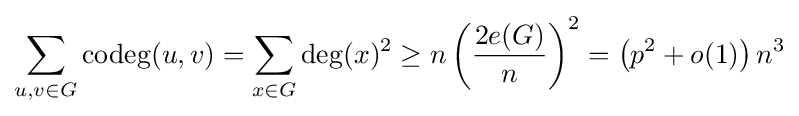
\sum _{u,v\in G}\operatorname {codeg} (u,v)=\sum _{x\in G}\deg(x)^{2}\geq n\left({\frac {2e(G)}{n}}\right)^{2}=\left(p^{2}+o(1)\right)n^{3}